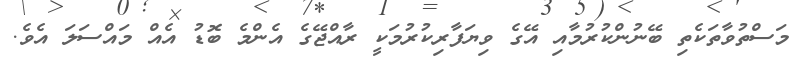
މަސްތުވާތަކެތި ބޭނުންކުރުމާއި އޭގެ ވިޔަފާރިކުރުމަކީ ރާއްޖޭގެ އެންމެ ބޮޑު އެއް މައްސަލަ އެވެ.